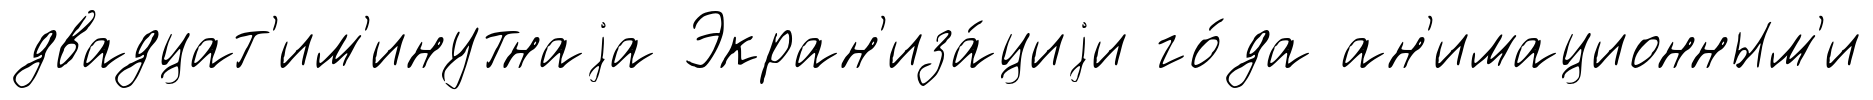
двадцат'им'инутнаjа Экран'иза́циjи го́да ан'имационным'и